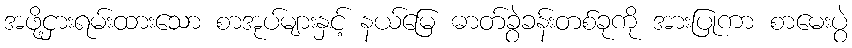
အဖို့ငှားရမ်းထားသော စာအုပ်များနှင့် နယ်မြေ ဓာတ်ခွဲခန်းတစ်ခုကို အားပြုကာ စာမေးပွဲ